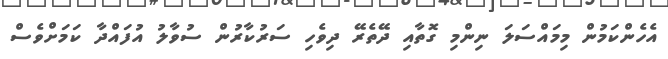
އެހެންކަމުން މިމައްސަލަ ނިންމި ގޮތާއި ދޭތެރޭ ދިވެހި ސަރުކާރުން ސުވާލު އުފައްދާ ކަމަށްވެސް